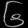
Digit: ၆